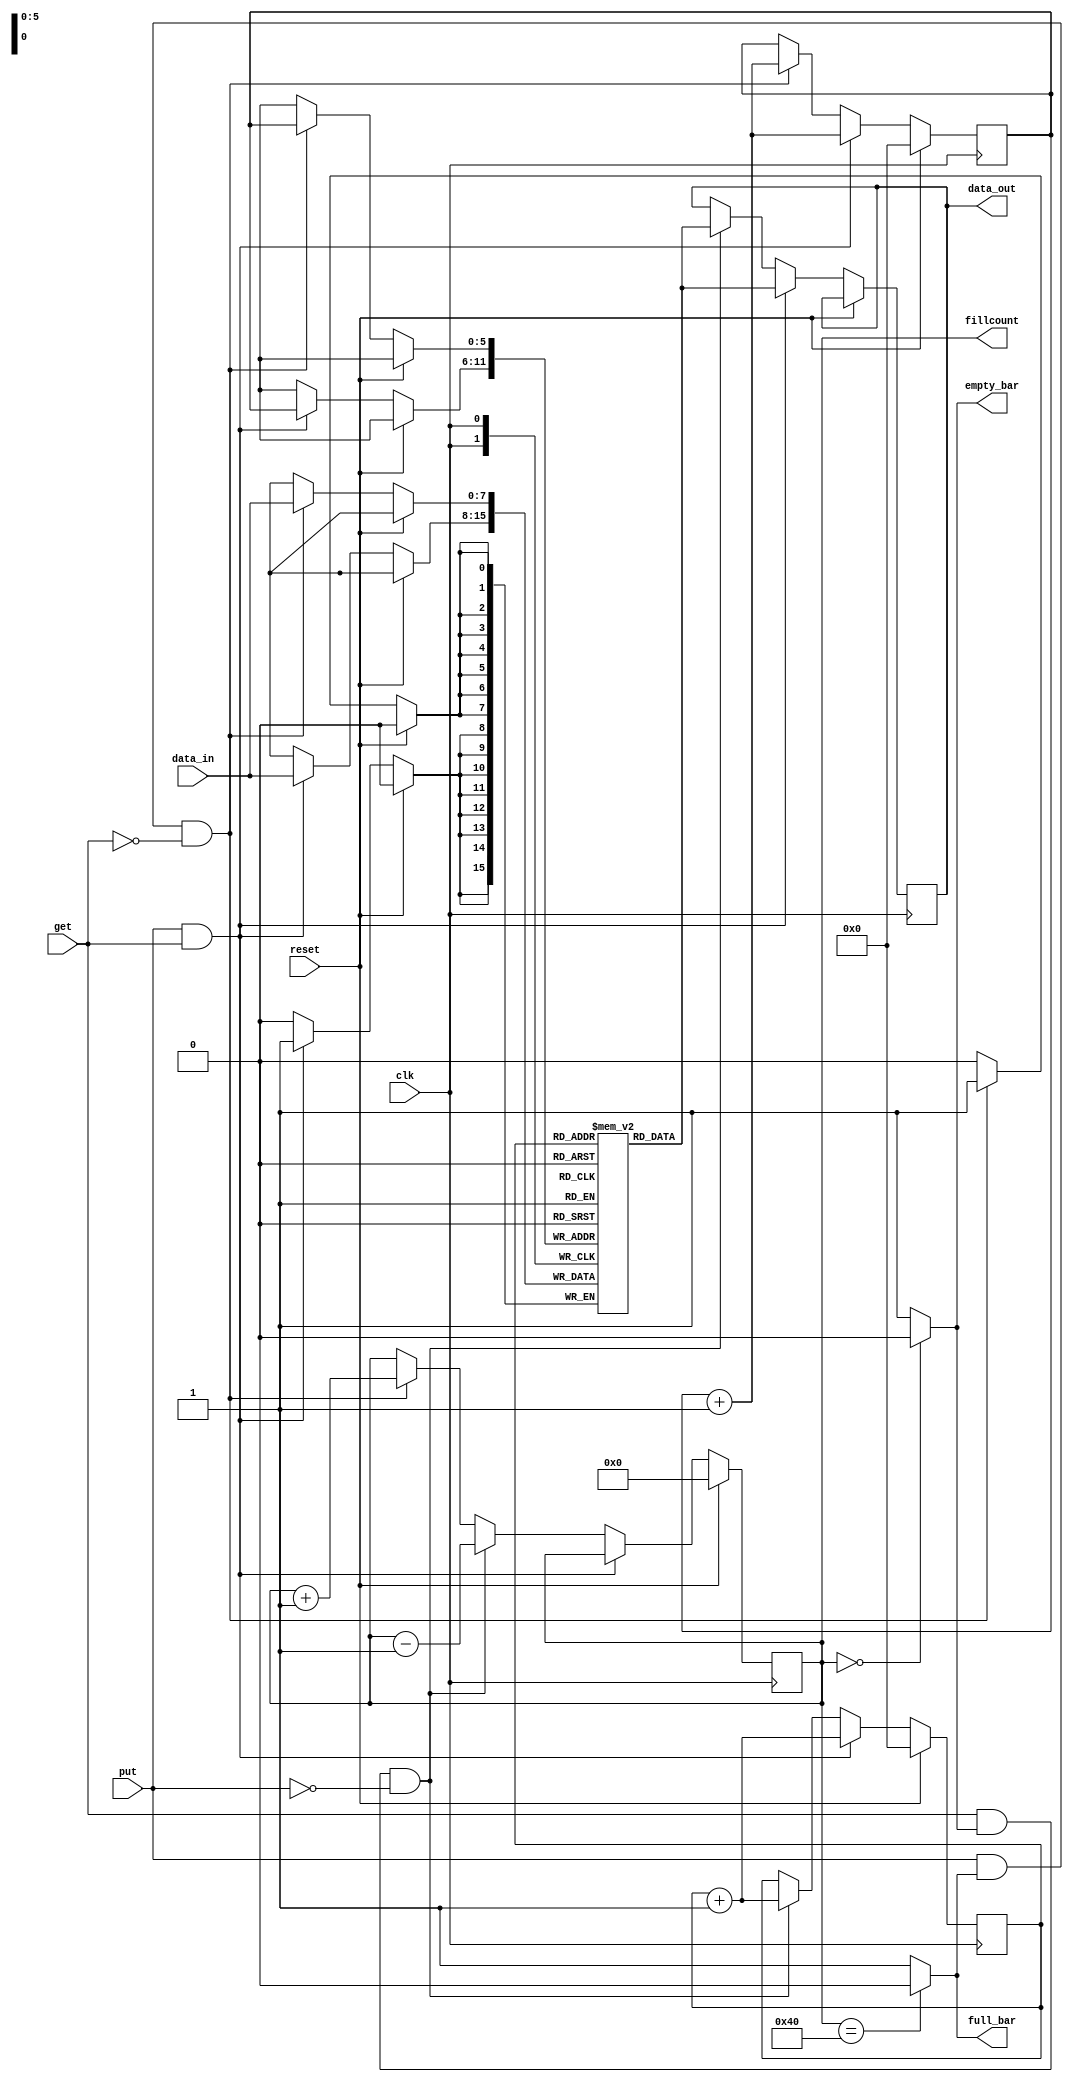
//Kathan P. Shah
//fifo_kp

module FIFO (clk, reset, data_in, put, get, data_out, empty_bar, full_bar, fillcount);

parameter DEPTH = 64; 
parameter DEPTH_LOG2 = 6;
parameter WIDTH = 8;

input [WIDTH-1:0] data_in;
input put, get;
input reset, clk;

output [WIDTH-1:0] data_out;
output empty_bar, full_bar;
output [DEPTH_LOG2:0] fillcount; //if it is full,we need onemore bit
wire [WIDTH-1:0] data_out;
wire empty_bar, full_bar;

reg [DEPTH_LOG2:0] fillcount; //if it is full,we need onemore bit
reg [DEPTH_LOG2-1:0] wr_ptr, rd_ptr;
reg [WIDTH-1:0] mem [DEPTH-1:0];
reg [WIDTH-1:0] data_out_temp;

always @(posedge clk) 
  begin
    if(reset)
	  begin
	    wr_ptr<=0;
		rd_ptr<=0;
		fillcount<=0;		
	  end
	else
	  begin
		if(put==1 && full_bar==1 && get == 0)
			begin
				mem[wr_ptr]<=data_in;
				wr_ptr<=wr_ptr+1;
				fillcount<=fillcount+1;
			end
		
		if(get==1 && empty_bar==1 && put ==0)
			begin
				data_out_temp<=mem[rd_ptr];
				rd_ptr<=rd_ptr+1;
				fillcount<=fillcount-1;
			end
			
		if(put==1 && get == 1)
			begin
				mem[wr_ptr]<=data_in;
				wr_ptr<=wr_ptr+1;
				data_out_temp<=mem[rd_ptr];
				rd_ptr<=rd_ptr+1;
				fillcount<=fillcount;
			end	
		//can be optimized when there is simultaneous read and write

	  end
  end

assign full_bar = (fillcount==DEPTH)?0:1;
assign empty_bar =(fillcount==0)?0:1; 
assign data_out = data_out_temp;
		    
	
endmodule